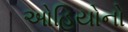
ઓહિયોનો